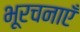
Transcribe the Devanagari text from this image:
भूरचनाएँ